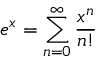
e ^ { x } = \sum _ { n = 0 } ^ { \infty } { \frac { x ^ { n } } { n ! } }